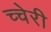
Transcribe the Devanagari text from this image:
च्चेरी